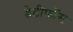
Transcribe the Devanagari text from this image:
डेटीफाॅस